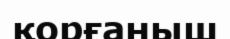
қорғаныш